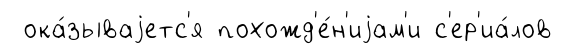
ока́зываjетс'я похожд'е́н'иjам'и с'ер'иа́лов